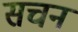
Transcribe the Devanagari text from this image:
सचन